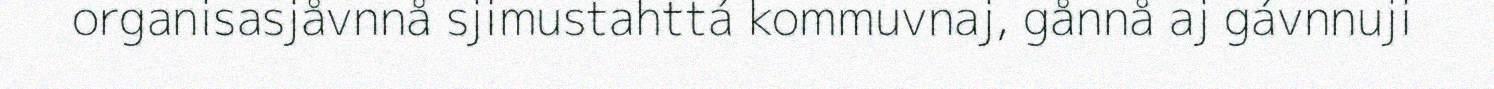
organisasjåvnnå sjimustahttá kommuvnaj, gånnå aj gávnnuji